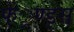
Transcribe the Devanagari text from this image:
फें्रण्ड्स